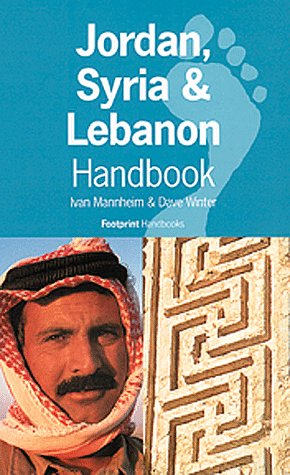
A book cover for Footprint Jordan/Syria/Lebanon Handbook: The Travel Guide; Ivan Mannheim; Travel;